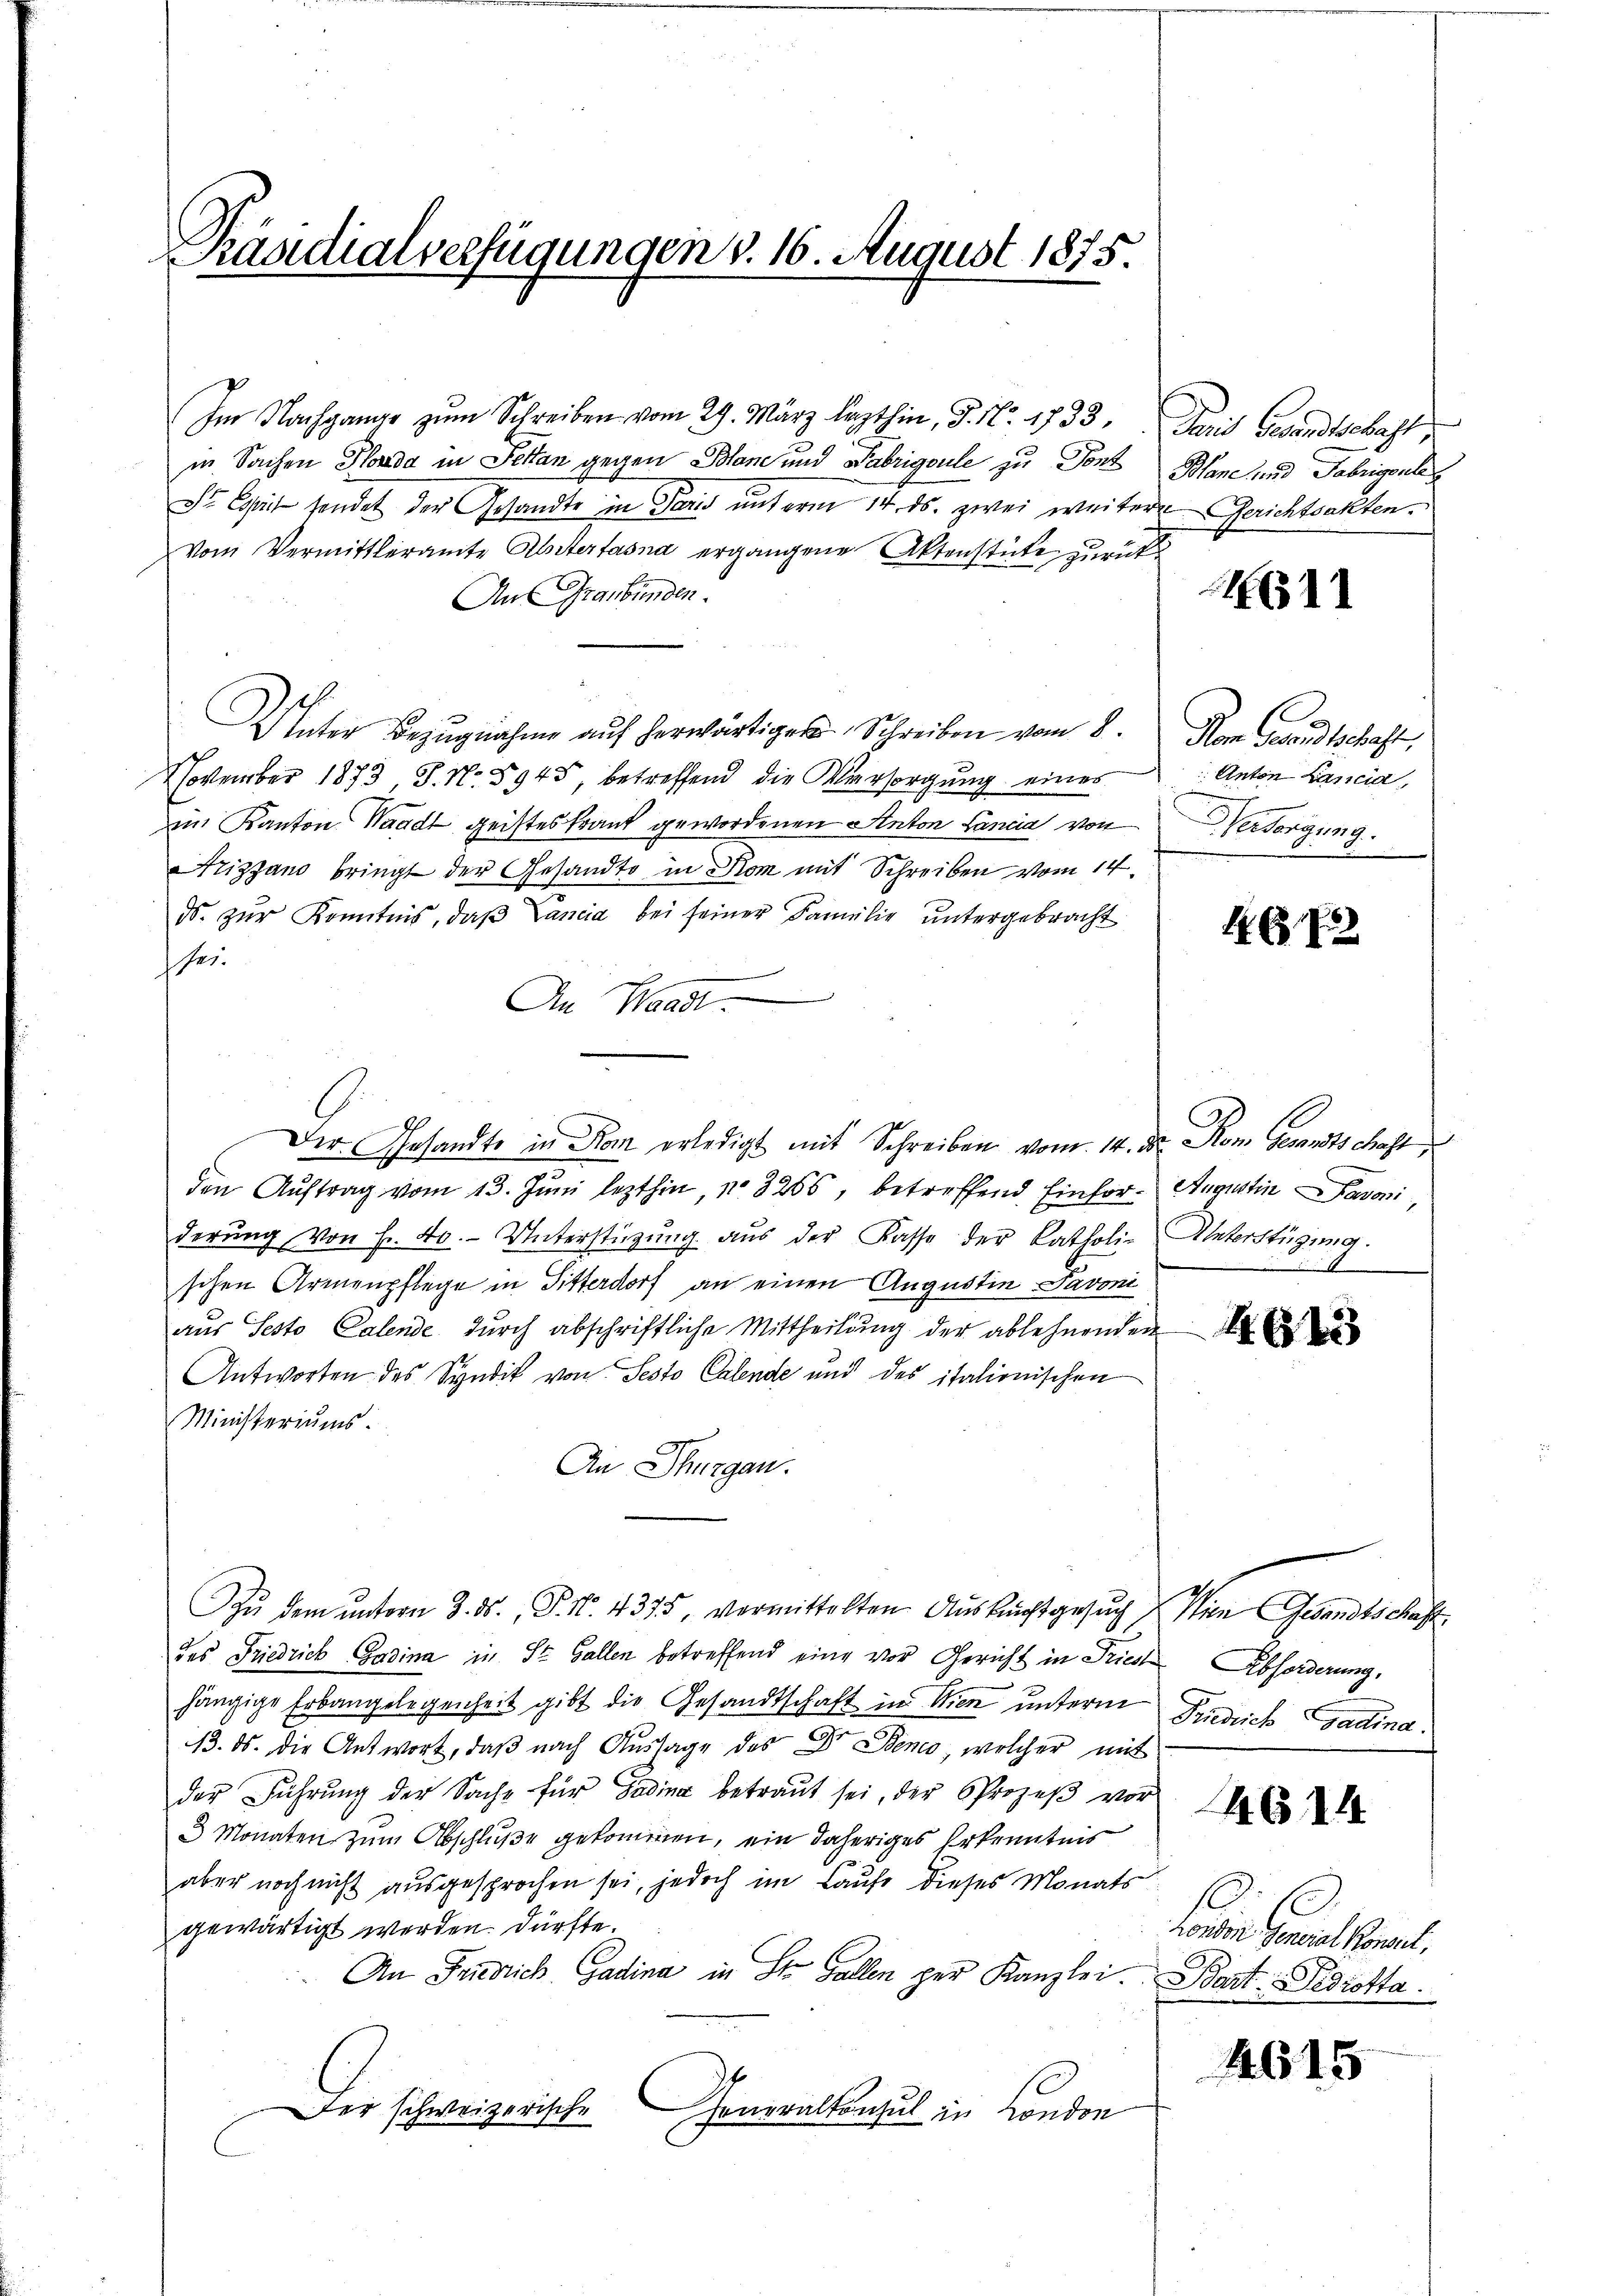
Päsdialverfügungen v. 16. August 1875.

Im Nachgange zum Schreiben vom 29. März lezthin, S. Nr. 1733
in Sachen Honda in Pettan gegen Blane und Fabrigoule zu Font
r Crit sendet der Gesandte in Paris unterm 14. ds. zwei weitere Gerichtsakten.
Vom Vermittleramte Abstertasna ergangene Aktenstücke zurück¬
An Graubünden.
Unter Bezŭgnahme aŭf herwärtiger Schreiben vom 8.
November 1873 J. No. 5945, betreffend die Versorgung eines
im Kanton Waadt geistes Frank gewordenen Anton Lancia von
Frizzano bringt der Gesandte in Rom mit Schreiben vom 14.
ds. zŭr Kenntnis, daβ Pancia bei seiner Familie untergebracht
se.
An Waadt.
Der Gesandte in Rom erledigt mit Schreiben vom 14. ds. Rom Gesandtschaft,
den Auftrag vom 13. Juni lezthin, No 3255, betreffend Einforderŭng von f. 40. - Unterstützung aus der Kasse der katholi-
schen Armenpflege in Sitterdorf an einen Augustin-Pavoni
aus Sesto Calende durch abschriftliche Mittheilung der ablehnenden
Antworten des Syndit von Sesto Calende und des italionischen
Ministeriums.
An Thurgau.
Zŭ dem ŭnterm 3. ds. P. Nr. 4375, vermittelten Auskunftgesuch
des Friedrich Gadina in St. Gallen betreffend eine vor Gericht in Pries Abforderung,
hängige Erbangelegenheit gibt die Gesandtschaft in Wien unterm
13. ds. die Antwort, daß nach Aussage des Dr. Beno, welcher mit
der Führŭng der Sache für Gadina betraŭt sei, der Prozeβ vor
3 Monaten zum Abschluße gekommen, ein daheriges Erkenntnis
aber noch nicht ausgesprochen sei, jedoch im Laufe dieses Monats
gewärtigt werden. Dürfte.
An Friedrich Gadina in St. Gallen zur Kanzlei.
Der schweizerische
Generalkonsul in London

Taid Gesandtschaft
Plane und Fabrigenten

611

Vom Stand bestraft,
 Anton Lancia
Versorgung.

472

Augustin Davoni
Unterstügung.
8

46 x

Wien Gesandtschaft
Predich Gradina:

4614

in Jacob Concl.
Bart Fediotta.

4615